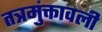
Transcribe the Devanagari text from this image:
तत्रमुंक्तावली